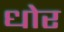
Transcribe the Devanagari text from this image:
धोर